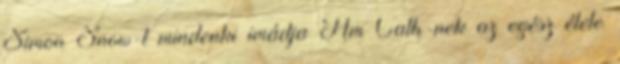
Simon Snow-t mindenki imádja Ám Cath-nek az egész élete